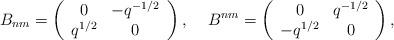
LaTeX: \begin{align*}B_{nm}=\left( \begin{array}{cc}0 & -q^{-1/2} \\ q^{1/2} & 0\end{array}\right) ,\quad \,B^{nm}=\left(\begin{array}{cc}0 & q^{-1/2} \\-q^{1/2} & 0\end{array}\right) ,\,\end{align*}